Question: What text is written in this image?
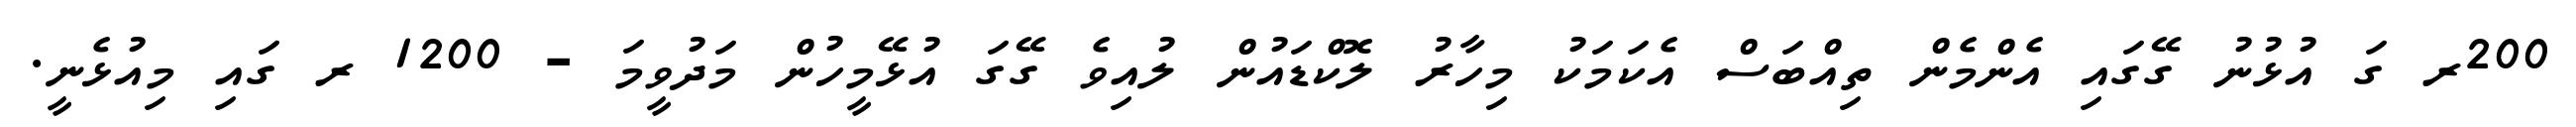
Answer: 200ރ ގަ އުޅުނު ގޭގައި އެންމެން ތިއްބަސް އެކަމަކު މިހާރު ލޮކްޑައުން ލުއިވެ ގޭގަ އުޅޭމީހުން މަދުވީމަ - 1200 ރ ގައި މިއުޅެނީ.